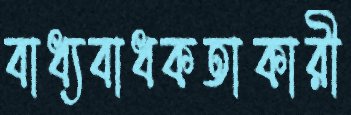
বাধ্যবাধকতাকারী